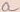
Text: a